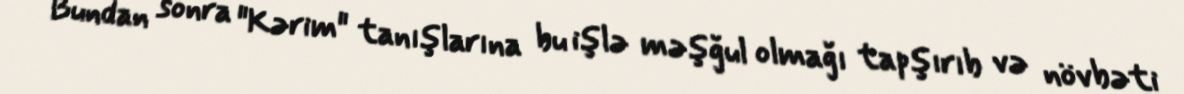
Bundan sonra "Kərim" tanışlarına bu işlə məşğul olmağı tapşırıb və növbəti